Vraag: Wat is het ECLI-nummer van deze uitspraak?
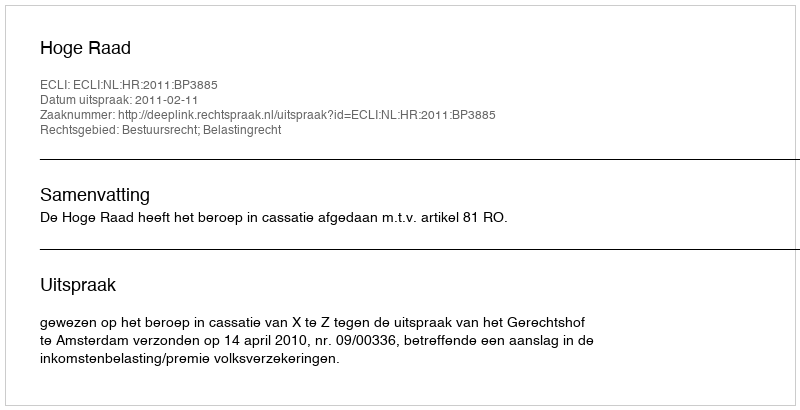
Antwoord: ECLI:NL:HR:2011:BP3885